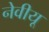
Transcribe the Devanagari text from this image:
नेवीयू